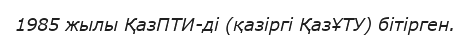
1985 жылы ҚазПТИ-ді (қазіргі ҚазҰТУ) бітірген.